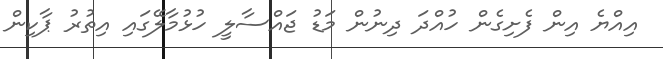
އިއްޔެ އިން ފެށިގެން ހުއްދަ ދިނުން މަޑު ޖައްސާލީ ހުޅުމާލޭގައި އިތުރު ޕާކިން